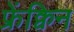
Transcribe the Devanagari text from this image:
फ्रेंक्विन